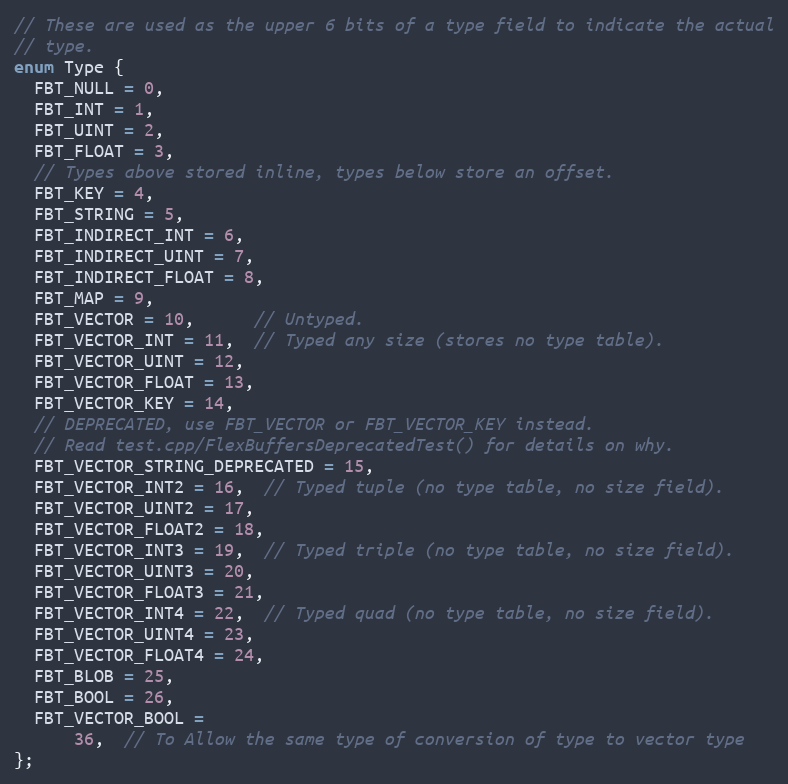
Language: C
// These are used as the upper 6 bits of a type field to indicate the actual
// type.
enum Type {
  FBT_NULL = 0,
  FBT_INT = 1,
  FBT_UINT = 2,
  FBT_FLOAT = 3,
  // Types above stored inline, types below store an offset.
  FBT_KEY = 4,
  FBT_STRING = 5,
  FBT_INDIRECT_INT = 6,
  FBT_INDIRECT_UINT = 7,
  FBT_INDIRECT_FLOAT = 8,
  FBT_MAP = 9,
  FBT_VECTOR = 10,      // Untyped.
  FBT_VECTOR_INT = 11,  // Typed any size (stores no type table).
  FBT_VECTOR_UINT = 12,
  FBT_VECTOR_FLOAT = 13,
  FBT_VECTOR_KEY = 14,
  // DEPRECATED, use FBT_VECTOR or FBT_VECTOR_KEY instead.
  // Read test.cpp/FlexBuffersDeprecatedTest() for details on why.
  FBT_VECTOR_STRING_DEPRECATED = 15,
  FBT_VECTOR_INT2 = 16,  // Typed tuple (no type table, no size field).
  FBT_VECTOR_UINT2 = 17,
  FBT_VECTOR_FLOAT2 = 18,
  FBT_VECTOR_INT3 = 19,  // Typed triple (no type table, no size field).
  FBT_VECTOR_UINT3 = 20,
  FBT_VECTOR_FLOAT3 = 21,
  FBT_VECTOR_INT4 = 22,  // Typed quad (no type table, no size field).
  FBT_VECTOR_UINT4 = 23,
  FBT_VECTOR_FLOAT4 = 24,
  FBT_BLOB = 25,
  FBT_BOOL = 26,
  FBT_VECTOR_BOOL =
      36,  // To Allow the same type of conversion of type to vector type
};